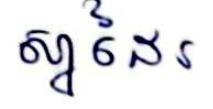
ស្នាដៃរ